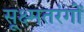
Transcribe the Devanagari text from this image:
सूक्ष्मतरंगों